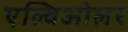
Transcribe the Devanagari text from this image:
एल्विओलर